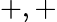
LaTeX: +,+